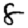
Digit: 8